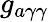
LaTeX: g_{a\gamma\gamma}